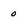
Character: 0